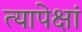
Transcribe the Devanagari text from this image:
त्यापेक्षां